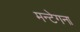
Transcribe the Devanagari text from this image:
मन्टेगना